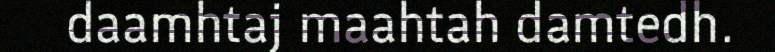
daamhtaj maahtah damtedh.